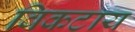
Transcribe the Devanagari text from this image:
विकटाय